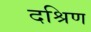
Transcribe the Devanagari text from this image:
दश्रिण